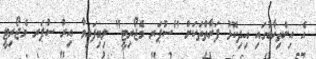
އެ އިންތިޚާބުގައި އިދިކޮޅު ފަރާތްތަކަށް "ސުޕަރ މެޖޯރިޓީ" ލިބިފައިވާ އިރު ސުޕަރ މެޖޯރިޓީ